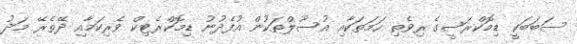
ސަބަބަކީ ޑިމޮކްރަސީގެ ރިވެތި ހަމަތަކާއި އުސޫލްތަކުން އުފެދުނު ޑިމޮކްރެޓިކް ވެރިކަމާއި ދޭތެރޭ މަދު